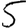
Digit: 5